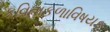
કવિતાકળાવિષયક